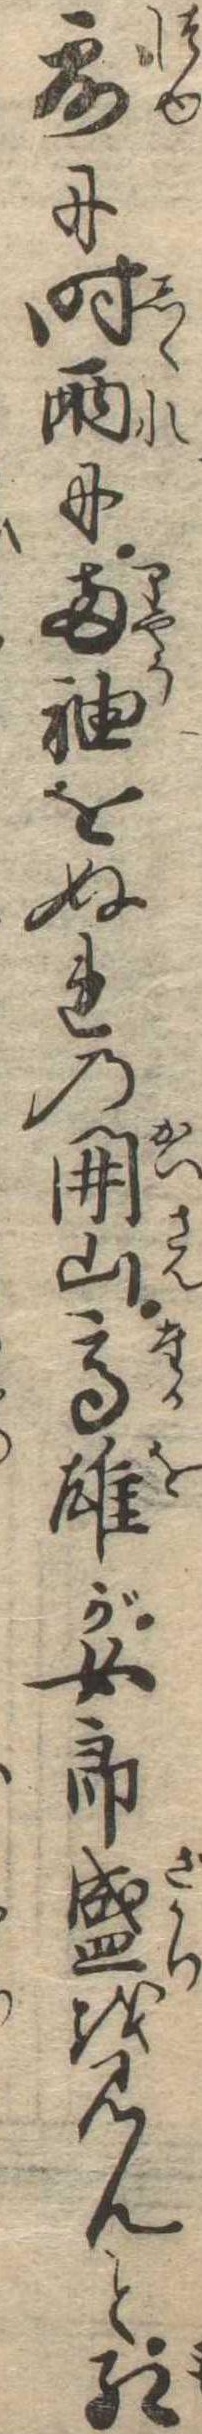
露に時雨に両袖をぬれの開山高雄が女郎盛を見んと紅